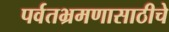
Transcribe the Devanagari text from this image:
पर्वतभ्रमणासाठीचे